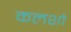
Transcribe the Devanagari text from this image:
कलशो